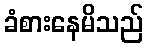
ခံစားနေမိသည်